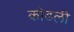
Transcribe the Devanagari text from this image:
कोढली